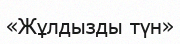
«Жұлдызды түн»